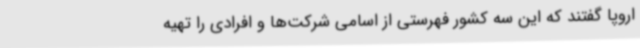
اروپا گفتند که این سه کشور فهرستی از اسامی شرکت‌ها و افرادی را تهیه